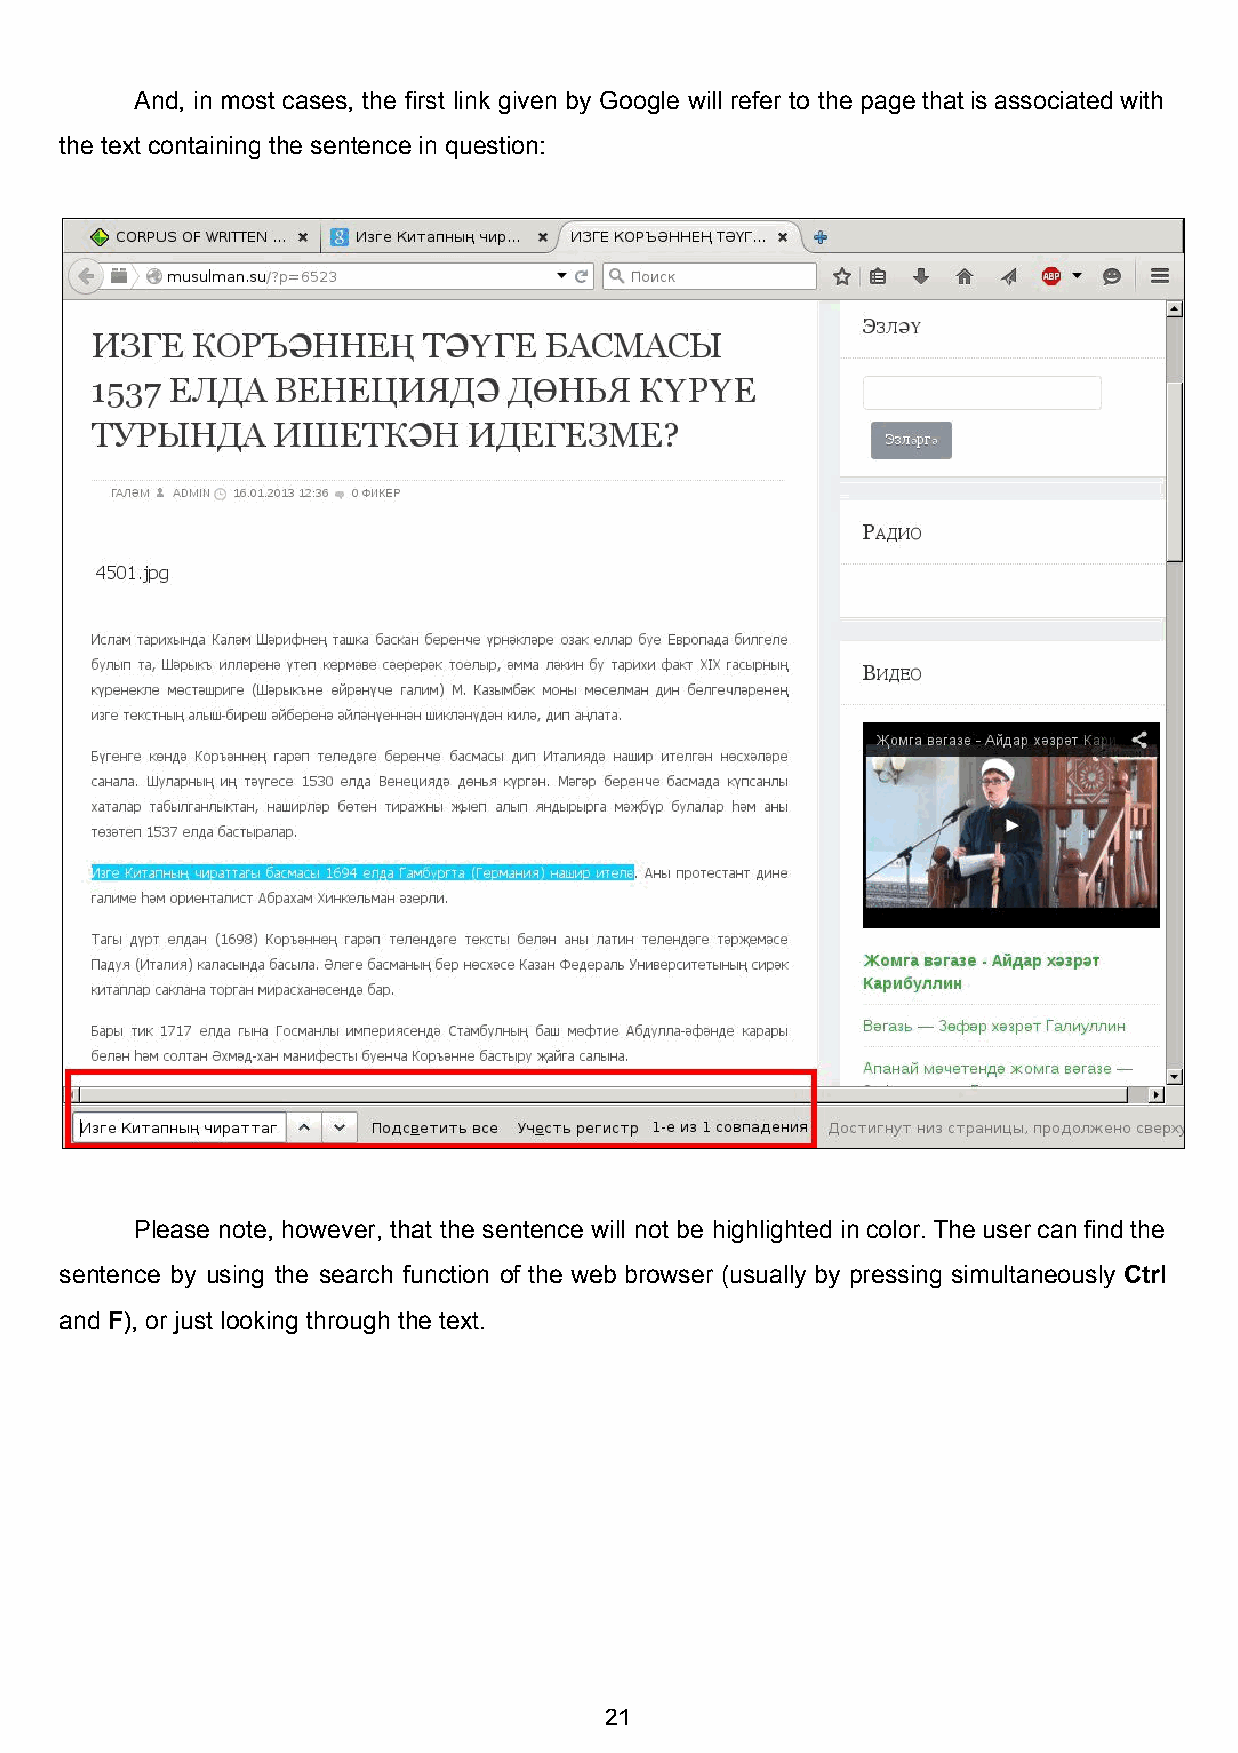
And, in most cases, the first link given by Google will refer to the page that is associated with
 the text containing the sentence in question:
 Please note, however, that the sentence will not be highlighted in color. The user can find the
 sentence by using the search function of the web browser (usually by pressing simultaneously Ctrl
 ​
 and F), or just looking through the text.
 ​​
 21